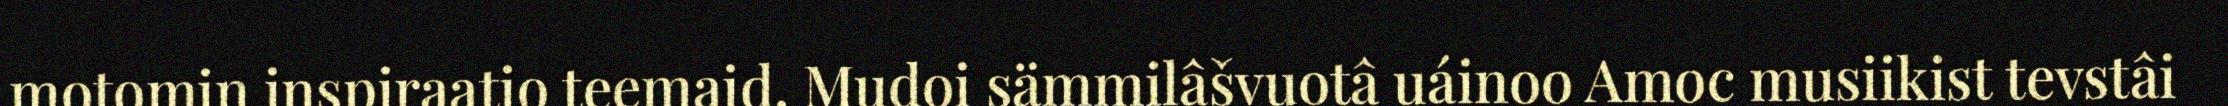
motomin inspiraatio teemaid. Mudoi sämmilâšvuotâ uáinoo Amoc musiikist tevstâi